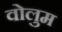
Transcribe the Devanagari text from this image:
वोलुम